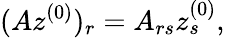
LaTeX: (Az^{(0)})_{r}=A_{rs}z_{s}^{(0)},